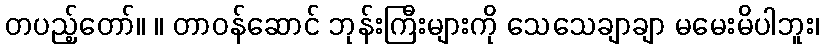
တပည့်တော်။ ။ တာဝန်ဆောင် ဘုန်းကြီးများကို သေသေချာချာ မမေးမိပါဘူး၊